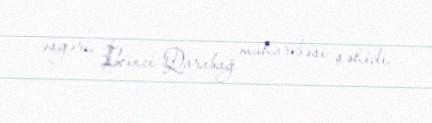
əsgəri, İkinci Qarabağ müharibəsi şəhidi.